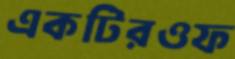
একটিরওফ